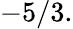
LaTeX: -5/3.